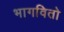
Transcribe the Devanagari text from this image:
भागवितो